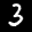
Label: 3